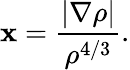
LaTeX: \mathbf{x}=\frac{{|\nabla\rho|}}{{\rho^{4/3}}}.